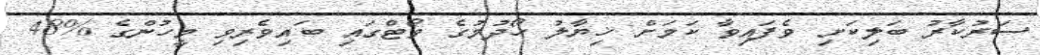
ސަރުކާރު ބަލިކަށި ވެފައިވާ ކަމަށް ޚިޔާލު ހޯދުމުގެ ވޯޓްގައި ބައިވެރިވި މީހުންގެ %48